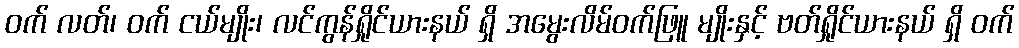
ဝက် လတ်၊ ဝက် ငယ်မျိုး၊ လင်ကွန်ရှိုင်ယားနယ် ရှိ အမွေးလိမ်ဝက်ဖြူ မျိုးနှင့် ဗတ်ရှိုင်ယားနယ် ရှိ ဝက်